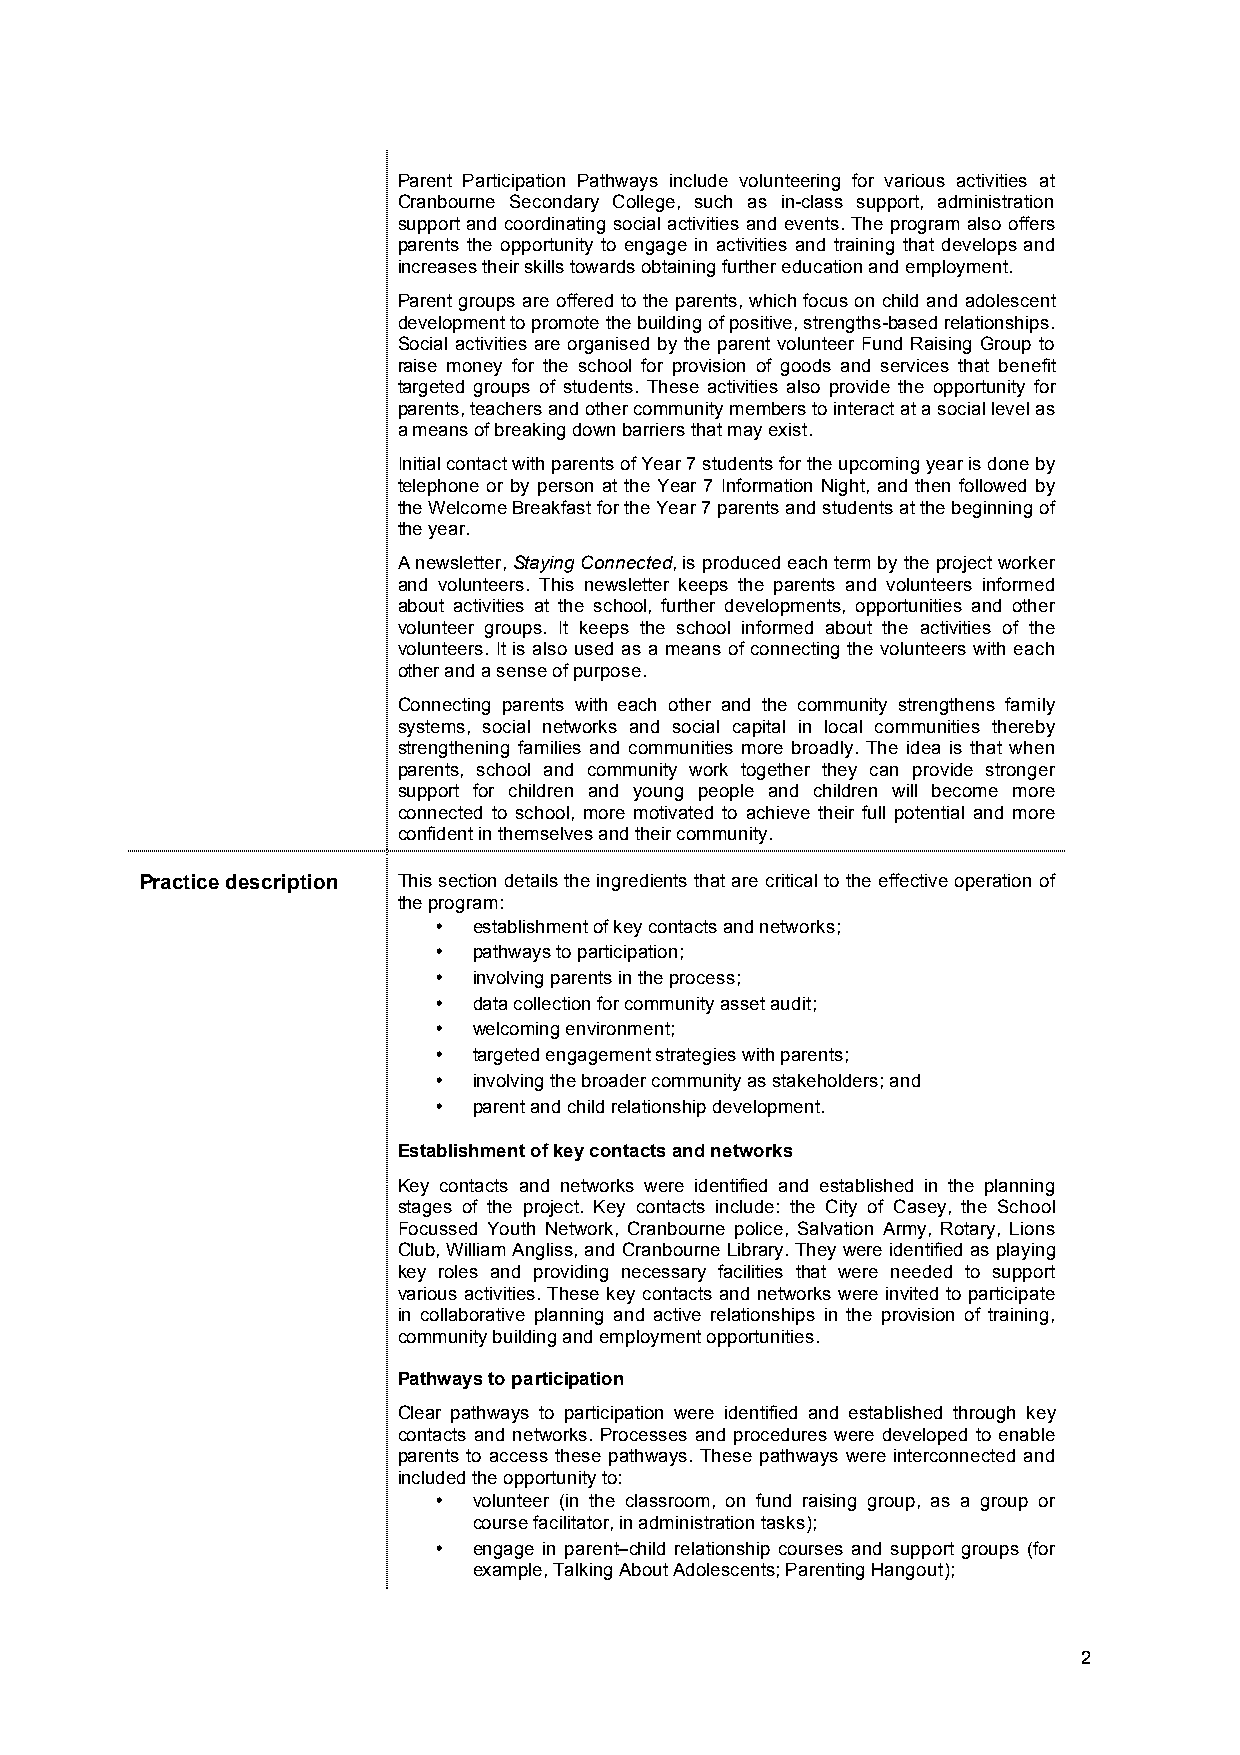
Parent Participation Pathways include volunteering for various activities at
 Cranbourne Secondary College, such as in-class support, administration
 support and coordinating social activities and events. The program also offers
 parents the opportunity to engage in activities and training that develops and
 increases their skills towards obtaining further education and employment.
 Parent groups are offered to the parents, which focus on child and adolescent
 development to promote the building of positive, strengths-based relationships.
 Social activities are organised by the parent volunteer Fund Raising Group to
 raise money for the school for provision of goods and services that benefit
 targeted groups of students. These activities also provide the opportunity for
 parents, teachers and other community members to interact at a social level as
 a means of breaking down barriers that may exist.
 Initial contact with parents of Year 7 students for the upcoming year is done by
 telephone or by person at the Year 7 Information Night, and then followed by
 the Welcome Breakfast for the Year 7 parents and students at the beginning of
 the year.
 A newsletter, Staying Connected, is produced each term by the project worker
 and volunteers. This newsletter keeps the parents and volunteers informed
 about activities at the school, further developments, opportunities and other
 volunteer groups. It keeps the school informed about the activities of the
 volunteers. It is also used as a means of connecting the volunteers with each
 other and a sense of purpose.
 Connecting parents with each other and the community strengthens family
 systems, social networks and social capital in local communities thereby
 strengthening families and communities more broadly. The idea is that when
 parents, school and community work together they can provide stronger
 support for children and young people and children will become more
 connected to school, more motivated to achieve their full potential and more
 confident in themselves and their community.
 Practice description This section details the ingredients that are critical to the effective operation of
 the program:
 • establishment of key contacts and networks;
 • pathways to participation;
 • involving parents in the process;
 • data collection for community asset audit;
 • welcoming environment;
 • targeted engagement strategies with parents;
 • involving the broader community as stakeholders; and
 • parent and child relationship development.
 Establishment of key contacts and networks
 Key contacts and networks were identified and established in the planning
 stages of the project. Key contacts include: the City of Casey, the School
 Focussed Youth Network, Cranbourne police, Salvation Army, Rotary, Lions
 Club, William Angliss, and Cranbourne Library. They were identified as playing
 key roles and providing necessary facilities that were needed to support
 various activities. These key contacts and networks were invited to participate
 in collaborative planning and active relationships in the provision of training,
 community building and employment opportunities.
 Pathways to participation
 Clear pathways to participation were identified and established through key
 contacts and networks. Processes and procedures were developed to enable
 parents to access these pathways. These pathways were interconnected and
 included the opportunity to:
 • volunteer (in the classroom, on fund raising group, as a group or
 course facilitator, in administration tasks);
 • engage in parent–child relationship courses and support groups (for
 example, Talking About Adolescents; Parenting Hangout);
 2